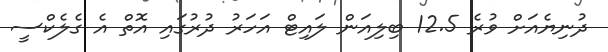
ދުނިޔެއަށް ވުރެ 12.5 ބިލިއަން ލައިޓް އަހަރު ދުރުގައި އޮތް އެ ގެލެކްސީ